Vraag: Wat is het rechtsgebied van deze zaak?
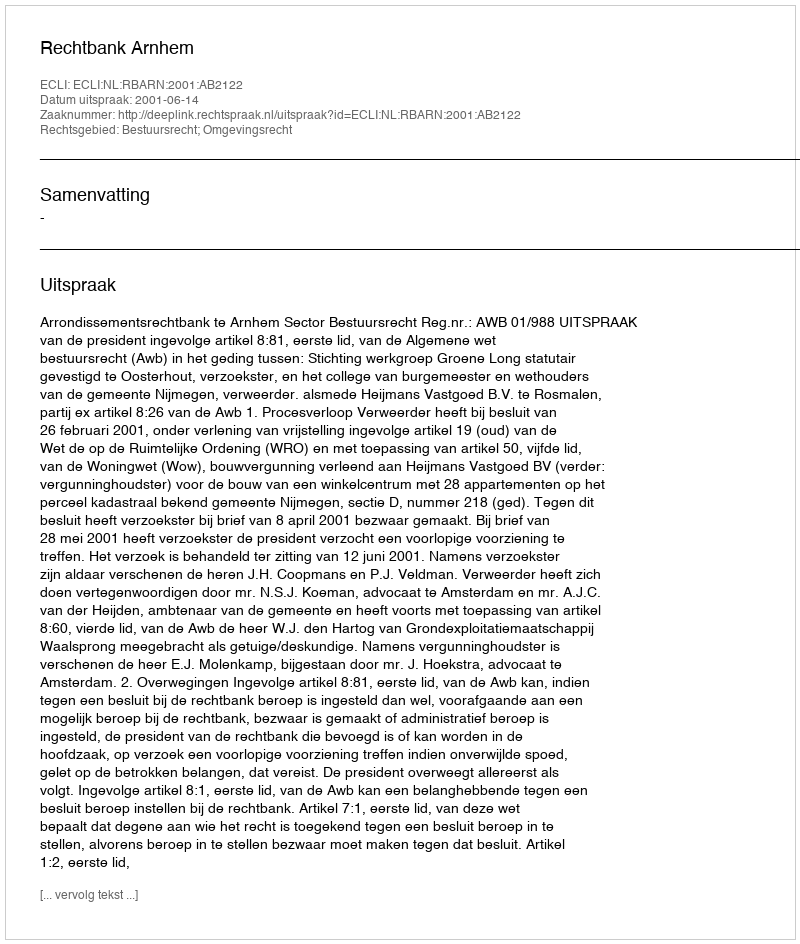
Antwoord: Bestuursrecht; Omgevingsrecht